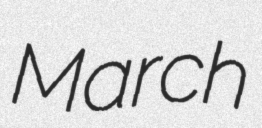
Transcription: March